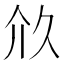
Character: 𠇧